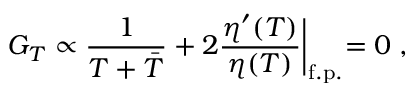
G _ { T } \propto { \frac { 1 } { T + \bar { T } } } + 2 { \frac { \eta ^ { \prime } ( T ) } { \eta ( T ) } } \biggl \vert _ { \mathrm { f . p . } } = 0 \; ,